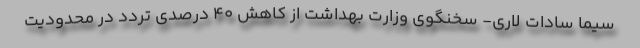
سیما سادات لاری- سخنگوی وزارت بهداشت از کاهش ۴۰ درصدی تردد در محدودیت